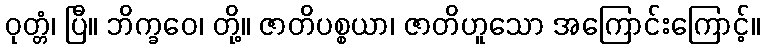
ဝုတ္တံ၊ ပြီ။ ဘိက္ခဝေ၊ တို့။ ဇာတိပစ္စယာ၊ ဇာတိဟူသော အကြောင်းကြောင့်။